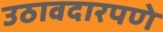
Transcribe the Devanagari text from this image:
उठावदारपणे